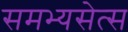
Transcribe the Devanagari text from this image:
समभ्यसेत्स